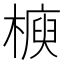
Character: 𣚲